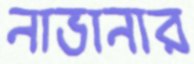
নাভানার